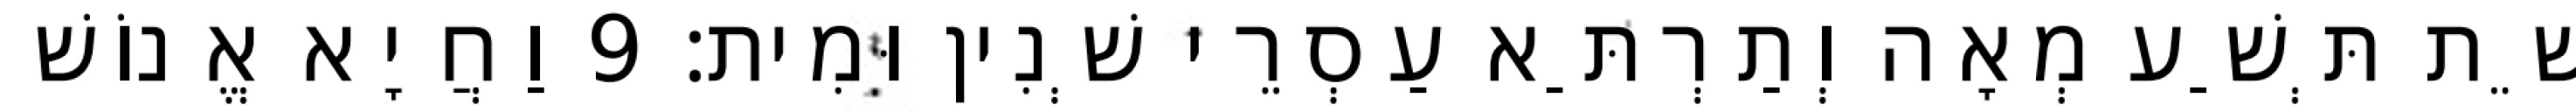
שֵׁת תְּשַׁע מְאָה וְתַרְתַּא עַסְרֵי שְׁנִין וּמִית׃ 9 וַחֲיָא אֱנוֹשׁ